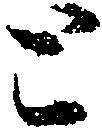
と